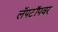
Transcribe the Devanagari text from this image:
लॅपटॉपवर